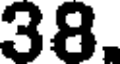
38.